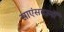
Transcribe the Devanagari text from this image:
साएंसदानों